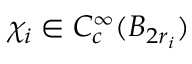
\chi _ { i } \in C _ { c } ^ { \infty } ( B _ { 2 r _ { i } } )